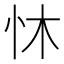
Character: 𪫟